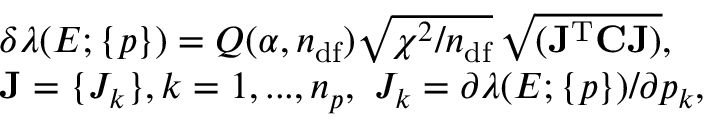
\begin{array} { r l } & { \delta \lambda ( E ; \{ p \} ) = Q ( \alpha , n _ { \mathrm { d f } } ) \sqrt { \chi ^ { 2 } / n _ { \mathrm { d f } } } \, \sqrt { ( \mathbf { J } ^ { \mathrm { T } } \mathbf { C } \mathbf { J } ) } , } \\ & { \mathbf { J } = \{ J _ { k } \} , k = 1 , . . . , n _ { p } , \ J _ { k } = \partial \lambda ( E ; \{ p \} ) / \partial p _ { k } , } \end{array}